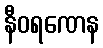
နီဝရဏေန